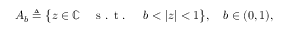
A _ { b } \triangleq \big \{ z \in \mathbb { C } \quad \textnormal { s . t . } \quad b < | z | < 1 \big \} , \quad b \in ( 0 , 1 ) ,